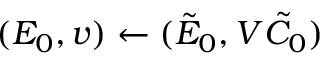
( E _ { 0 } , v ) \leftarrow ( \tilde { E } _ { 0 } , V \tilde { C } _ { 0 } )